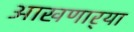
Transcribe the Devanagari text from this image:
आखणार्‍या